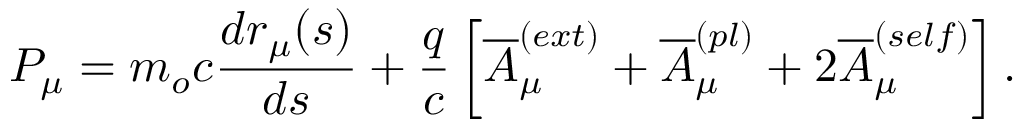
P _ { \mu } = m _ { o } c \frac { d r _ { \mu } ( s ) } { d s } + \frac { q } { c } \left[ \overline { { A } } _ { \mu } ^ { ( e x t ) } + \overline { { A } } _ { \mu } ^ { ( p l ) } + 2 \overline { { A } } _ { \mu } ^ { ( s e l f ) } \right] .